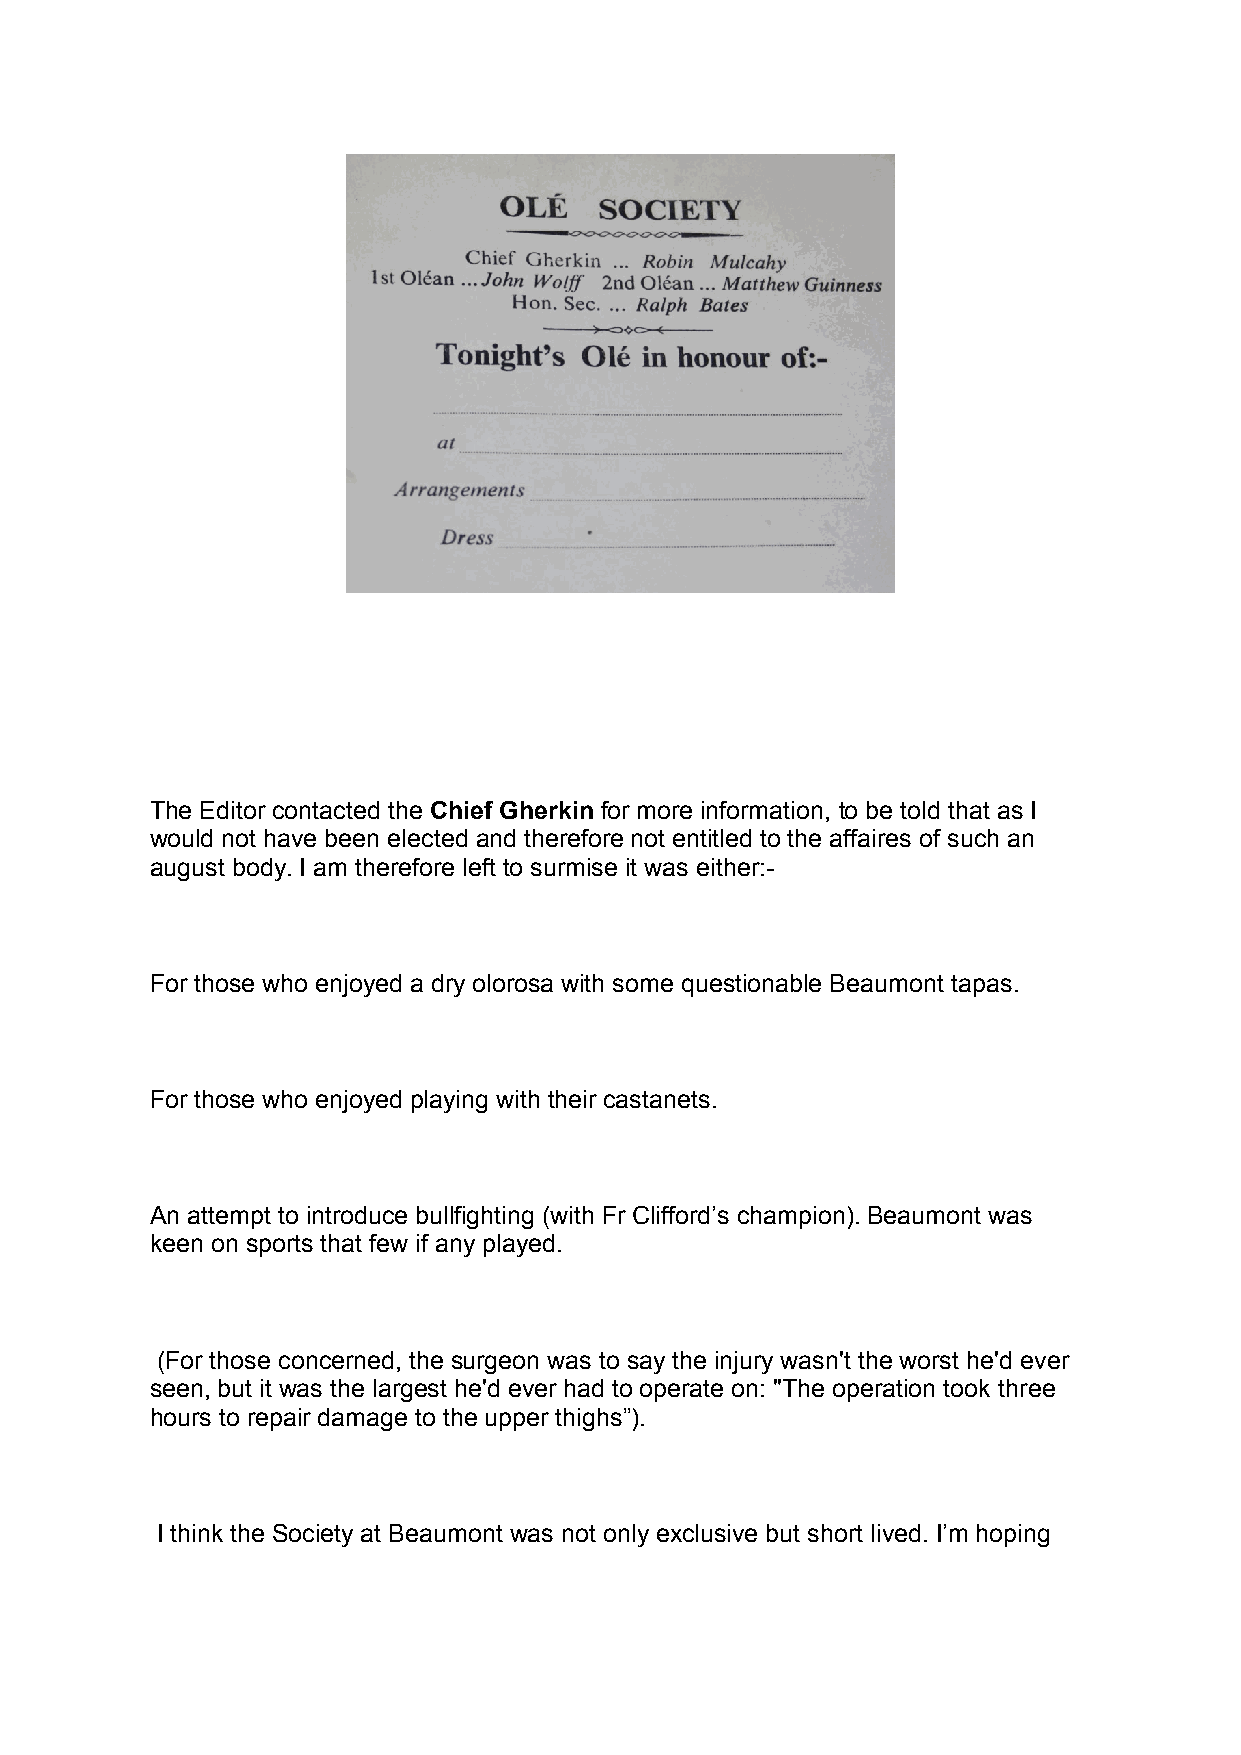
The Editor contacted the Chief Gherkin for more information, to be told that as I
 would not have been elected and therefore not entitled to the affaires of such an
 august body. I am therefore left to surmise it was either:-
 For those who enjoyed a dry olorosa with some questionable Beaumont tapas.
 For those who enjoyed playing with their castanets.
 An attempt to introduce bullfighting (with Fr Clifford’s champion). Beaumont was
 keen on sports that few if any played.
 (For those concerned, the surgeon was to say the injury wasn't the worst he'd ever
 seen, but it was the largest he'd ever had to operate on: "The operation took three
 hours to repair damage to the upper thighs”).
 I think the Society at Beaumont was not only exclusive but short lived. I’m hoping